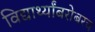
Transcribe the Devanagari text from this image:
विद्यार्थ्यांबरोबरच